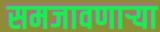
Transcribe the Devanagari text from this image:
समजावणाऱ्या